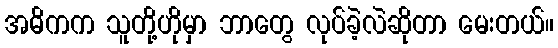
အဓိကက သူတို့ဟိုမှာ ဘာတွေ လုပ်ခဲ့လဲဆိုတာ မေးတယ်။